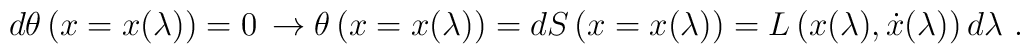
d\theta\left(x=x(\lambda)\right)=0\,\rightarrow\theta\left(x=x(\lambda)\right)=dS\left(x=x(\lambda)\right)=L\left(x(\lambda),\dot x(\lambda)\right)d\lambda\ .